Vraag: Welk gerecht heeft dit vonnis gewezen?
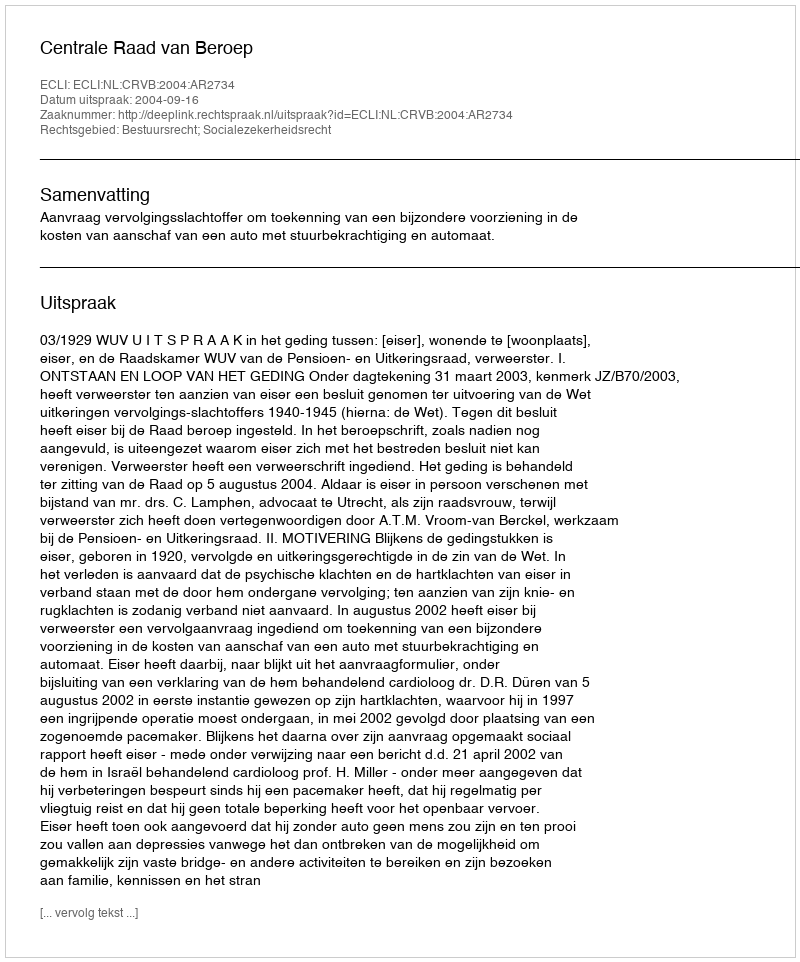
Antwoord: Centrale Raad van Beroep